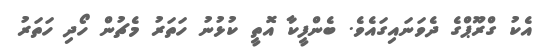
އެކު ގްރޫޕްގެ ދެވަނައިގައެވެ. ބެންފީކާ އޮތީ ކުޅުނު ހަތަރު މެޗުން ހޯދި ހަތަރު